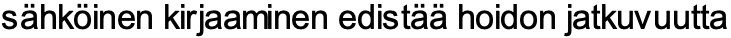
sähköinen kirjaaminen edistää hoidon jatkuvuutta